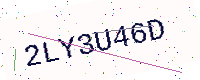
Text: 2LY3U46D